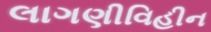
લાગણીવિહીન